Report on vaccination in Madras 1922-1929 - 1922-1929
Year: 1922
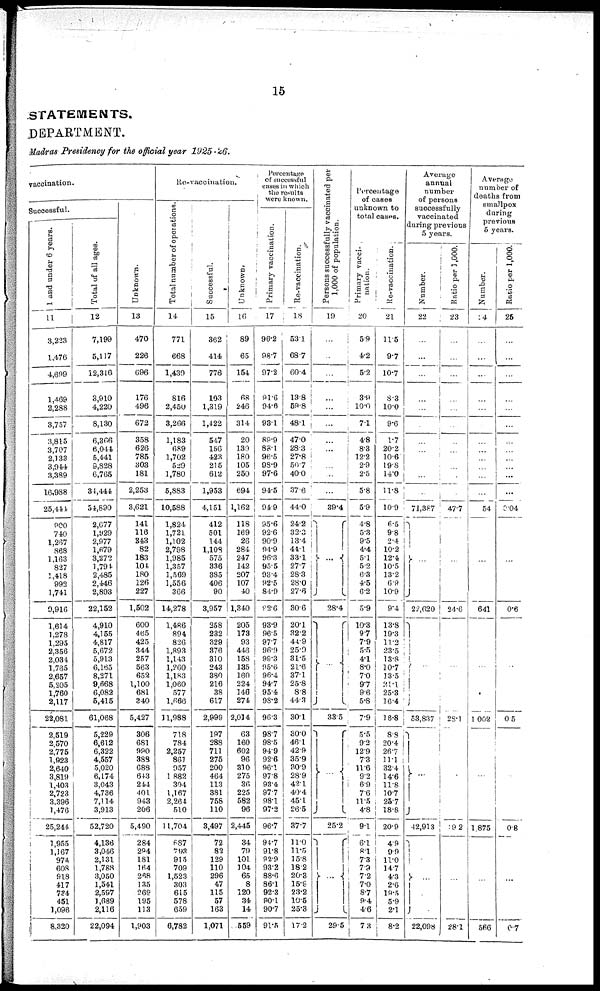
15
STATEMENTS.
DEPARTMENT.
Madras Presidency for the official year 1925-26.
vaccination.
Successful.
1 and under 6 years.
11
3,223
1,476
4,699
1,469
2,288
3,757
3,815
3,707
2,133
3,944
3,389
16,988
25,444
900
740
l,267
868
1,163
827
1,418
992
1,741
9,916
1,614
1,278
1,295
2,356
2,034
1,765
2,657
5,205
1,760
2,117
22,081
2,519
2,570
2,775
1,923
2,640
3,819
1,403
2,723
3,396
1,476
25,244
1,955
1,167
974
608
918
417
734
451
1,096
8,320
Total of all ages.
12
7,199
5,117
12,316
3,910
4,220
8,130
6,366
6,044
5,441
9,828
6,765
34,444
54,890
2,677
1,929
2,977
1,679
3,272
l,794
2,485
2,446
2,893
22,152
4,910
4,155
4,817
5,672
5,913
6,165
8,271
9,668
6,082
5,415
61,068
5,229
6,612
6,322
4,557
5,020
6,174
3,043
4,736
7,114
3,913
52,720
4,136
3,046
2,131
1,788
3,050
1,541
2,597
1,689
2,116
22,094
Unknown.
13
470
226
696
176
496
672
358
626
785
303
181
2,253
3,621
141
116
343
82
183
104
180
126
227
1,502
600
465
425
344
257
563
652
1,100
681
340
5,427
306
681
990
388
688
643
244
401
943
206
5,490
284
294
181
164
268
135
269
195
113
1,903
Re-vaccination.
Total number of operations.
14
771
668
1,439
816
2,450
3,266
1,183
689
1,702
529
1,780
5,883
10,588
1,824
1,721
1,102
2,798
1,985
1,357
1,569
1,556
366
14,278
1,486
894
826
1,893
1,143
1,260
1,183
1,060
577
1,666
11,988
718
784
2,257
861
957
1,882
304
1,167
2,264
510
11,704
687
793
915
709
1,523
303
615
578
659
6,782
Successful.
15
362
414
776
103
1,319
1,422
547
156
423
215
612
1,953
4,151
412
501
144
1,108
575
336
385
406
90
3,957
358
232
329
376
310
243
380
216
38
617
2,999
197
288
711
275
200
464
113
381
758
110
3,497
72
82
129
110
296
47
115
57
163
1,071
Unknown.
16
89
65
154
68
246
314
20
139
180
105
250
694
1,162
118
169
26
284
247
142
207
107
40
1,340
205
173
93
446
158
135
160
224
146
274
2,014
63
160
602
96
310
275
36
225
582
96
2,445
34
79
101
104
65
8
120
34
14
559
Percentage
of successful
cases in which
the results
were known.
Primary vaccination.
17
96.2
98.7
97.2
91.6
94.6
93.1
89.9
88.1
96.5
98·9
97.6
94.5
94.9
95.6
92.6
90.9
94.9
96.3
95.5
93.4
92.5
84.9
92·6
93.9
96.5
97.7
96.6
99.3
95·6
96.4
94.7
95.4
98.2
96.3
98.7
98.5
94.9
92.6
96.1
97.8
93.4
97.7
98·l
97.2
96.7
94.7
91.8
92·9
93.2
88.6
86.1
92.3
90·l
90.7
9l·5
Re-vaccination.
18
53.1
68.7
60.4
13.8
59.8
48.1
47.0
28.3
27.8
50.7
40.0
37.6
44.0
24.2
32.3
13.4
44.1
33.1
27.7
28.3
28.0
27.6
30.6
20.1
32.2
44.9
25.9
31.5
2l·6
37.1
25.8
8.8
44.3
30.1
30.0
46.1
42.9
35.9
30.9
28.9
42.1
40.4
45.1
26.5
37.7
11.0
11·5
l5.8
18.2
20.3
15.9
23.2
10.5
25.3
17.2
Persons successfully vaccinated per
1,000 of population.
19
...
...
...
...
...
...
...
...
...
...
...
...
39.4
...
28.4
...
33.5
...
25.2
...
29.5
Percentage
of cases
unknown to
total cases.
Primary vacci-
nation.
20
5.9
4.2
5.2
3.9
10·0
7.1
4.8
8.3
12.2
2.9
2.5
5.8
5.9
4.8
5.3
9.5
4.4
5.1
5.2
6.3
4.5
6.2
5.9
10.3
9.7
7.9
5·5
4.1
8.0
7.0
9.7
9.6
5.8
7.9
5.5
9.2
12.9
7.3
11.6
9.2
6.9
7.6
11.5
4.8
9.1
6.1
8.1
7.3
7·9
7.2
7.0
8.7
9.4
4.6
7.3
Re-vaccination.
21
11.5
9.7
10.7
8.3
10.0
9.6
1.7
20.2
10.6
19.8
14.0
11.8
10.9
6·5
9.8
2.4
10.2
12.4
10.5
13.2
6.9
10.9
9.4
13.8
19.3
11.2
23.5
13.8
10.7
13.5
21·l
25.3
16.4
18.8
8.8
20.4
26.7
11.1
32.4
14.6
11.8
10.7
25.7
18.8
20.9
4.9
9.9
11.0 14.7
4.3
2.6
19.5
5.9
2.1
8.2
Average
annual
number
of persons
successfully
vaccinated
during previous
5 years.
Number.
22
...
...
...
...
...
...
...
...
...
...
...
...
71,387
...
22,620
...
53,837
...
42,913
...
22,098
Ratio per 1,000.
23
...
...
...
...
...
...
...
...
...
...
...
...
47.7
...
24.6
...
28.1
...
9.2
...
28.1
Average
number of
deaths from
smallpox
during
previous
5 years.
Number.
24
...
...
...
...
...
...
...
...
...
...
...
...
54
...
641
...
1002
...
1,875
...
566
Ratio per 1,000.
25
...
...
...
...
...
...
...
...
...
...
...
...
9·04
...
0.6
...
0.5
...
0.8
...
0.7